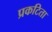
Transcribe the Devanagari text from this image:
प्रकटिता